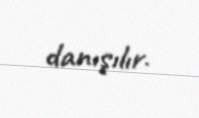
danışılır.